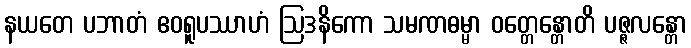
နယတေ ပဘာတံ ဧဝရူပဿာဟံ ဩဒနိကော သမဏဓမ္မာ ဝတ္တေန္တောတိ ပဇ္ဇလန္တော